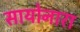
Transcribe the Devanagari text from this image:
सायोनारा